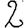
Digit: 2